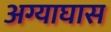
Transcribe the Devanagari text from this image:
अग्याघास